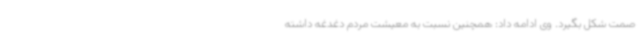
صمت شکل بگیرد. وی ادامه داد: همچنین نسبت به معیشت مردم دغدغه داشته